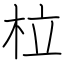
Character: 柆